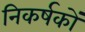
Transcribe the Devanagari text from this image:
निकर्षकों